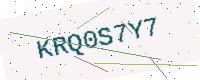
Text: KRQ0S7Y7